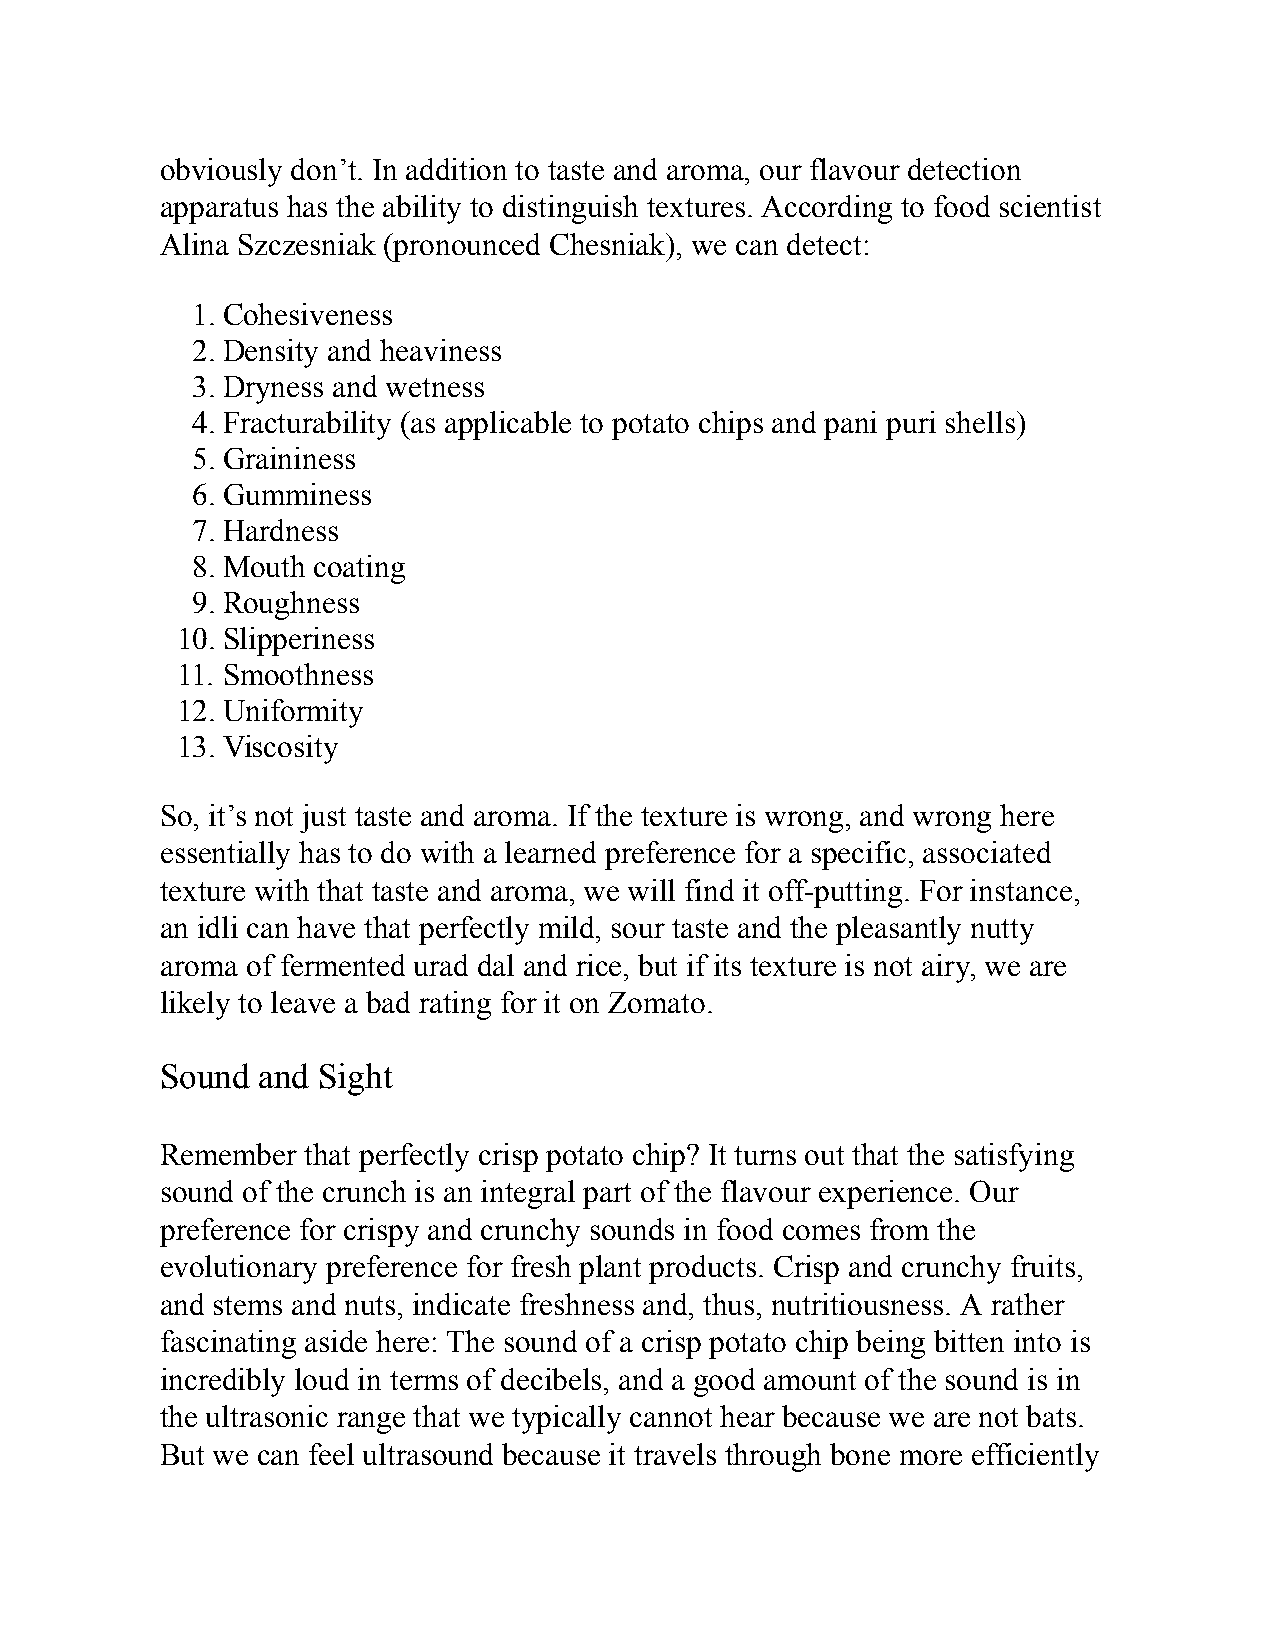
obviously don’t. In addition to taste and aroma, our flavour detection
 apparatus has the ability to distinguish textures. According to food scientist
 Alina Szczesniak (pronounced Chesniak), we can detect:
 1. Cohesiveness
 2. Density and heaviness
 3. Dryness and wetness
 4. Fracturability (as applicable to potato chips and pani puri shells)
 5. Graininess
 6. Gumminess
 7. Hardness
 8. Mouth coating
 9. Roughness
 10. Slipperiness
 11. Smoothness
 12. Uniformity
 13. Viscosity
 So, it’s not just taste and aroma. If the texture is wrong, and wrong here
 essentially has to do with a learned preference for a specific, associated
 texture with that taste and aroma, we will find it off-putting. For instance,
 an idli can have that perfectly mild, sour taste and the pleasantly nutty
 aroma of fermented urad dal and rice, but if its texture is not airy, we are
 likely to leave a bad rating for it on Zomato.
 Sound and Sight
 Remember that perfectly crisp potato chip? It turns out that the satisfying
 sound of the crunch is an integral part of the flavour experience. Our
 preference for crispy and crunchy sounds in food comes from the
 evolutionary preference for fresh plant products. Crisp and crunchy fruits,
 and stems and nuts, indicate freshness and, thus, nutritiousness. A rather
 fascinating aside here: The sound of a crisp potato chip being bitten into is
 incredibly loud in terms of decibels, and a good amount of the sound is in
 the ultrasonic range that we typically cannot hear because we are not bats.
 But we can feel ultrasound because it travels through bone more efficiently